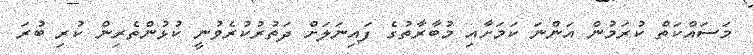
މަސައްކަތް ކުރަމުން އަންނަ ކަމަށާއި މުބާރާތުގެ ފައިނަލަށް ދަތުރުކުރެވުނީ ކުޅުންތެރިން ކުރި ބުރަ